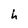
Character: h